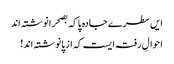
ایں سطرے جادہ پا کہ بصحرا نوشتہ اند
احوالِ رفتہ ایست کہ از پا نوشتہ اند!